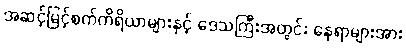
အဆင့်မြင့်စက်ကိရိယာများနှင့် ဒေသကြီးအတွင်း နေရာများအား